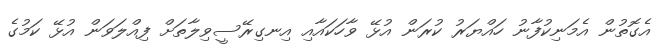
އެގޮތުން އެމަނިކުފާނު ހައްޔަރު ކުރަން އުޅޭ ވާހަކައާއި އިނގިރޭސީވިލާތަށް ފިއްލަވަން އުޅޭ ކަމުގެ